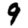
Digit: 9